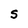
Character: S